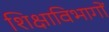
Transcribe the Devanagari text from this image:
शिक्षाविभागों